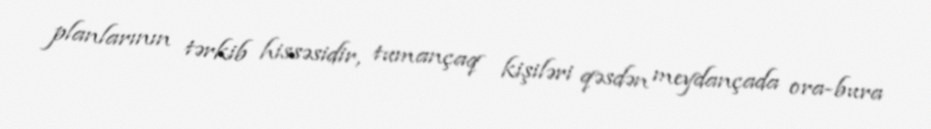
planlarının tərkib hissəsidir, tumançaq kişiləri qəsdən meydançada ora-bura